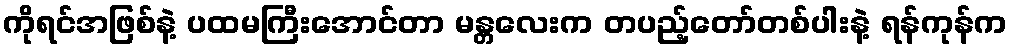
ကိုရင်အဖြစ်နဲ့ ပထမကြီးအောင်တာ မန္တလေးက တပည့်တော်တစ်ပါးနဲ့ ရန်ကုန်က